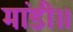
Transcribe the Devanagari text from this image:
मांडी॥